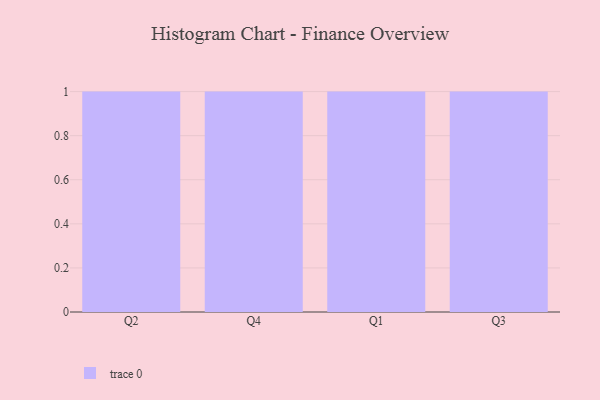
{"axis": {"x": "Quarter", "y": "Bounce Rate (%)"}, "legend": [""], "data": [{"x": "Q2", "y": 11, "type": ""}, {"x": "Q4", "y": 66, "type": ""}, {"x": "Q1", "y": 15, "type": ""}, {"x": "Q3", "y": 1, "type": ""}]}